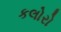
કલોરો